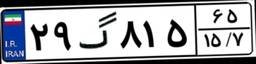
۲۹گ۸۱۵۶۵